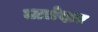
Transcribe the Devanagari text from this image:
तालेदार